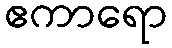
ဧကာရော